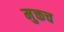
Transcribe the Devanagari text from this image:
मुक्तच